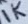
Text: Res1